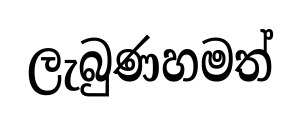
ලැබුණහමත්